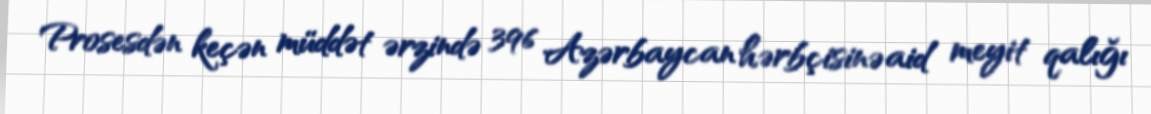
Prosesdən keçən müddət ərzində 396 Azərbaycan hərbçisinə aid meyit qalığı